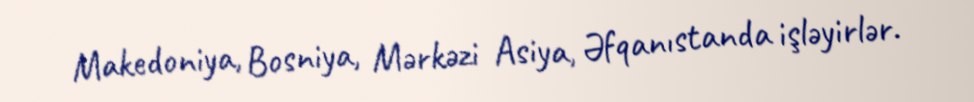
Makedoniya, Bosniya, Mərkəzi Asiya, Əfqanıstanda işləyirlər.